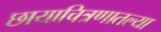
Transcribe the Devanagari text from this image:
छायाचित्रणातल्या